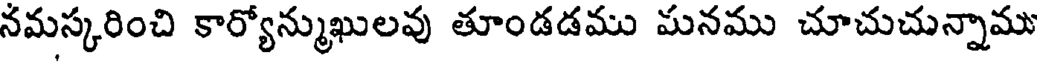
నమస్కరించి కార్యోన్ముఖులవు తూండడము మనము చూచుచున్నాము